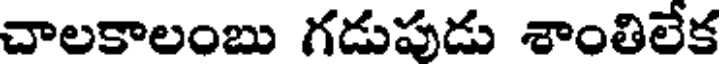
చాలకాలంబు గడుపుడు శాంతిలేక